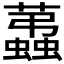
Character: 𧔩